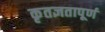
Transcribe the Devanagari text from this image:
कृतज्ञतापूर्ण